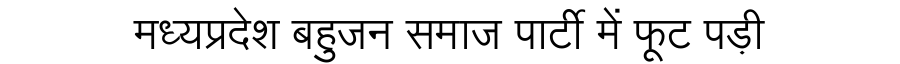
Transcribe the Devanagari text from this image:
मध्यप्रदेश बहुजन समाज पार्टी में फूट पड़ी